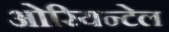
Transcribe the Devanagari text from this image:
ओरियन्टेल